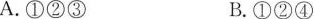
A.①②③B.①②④